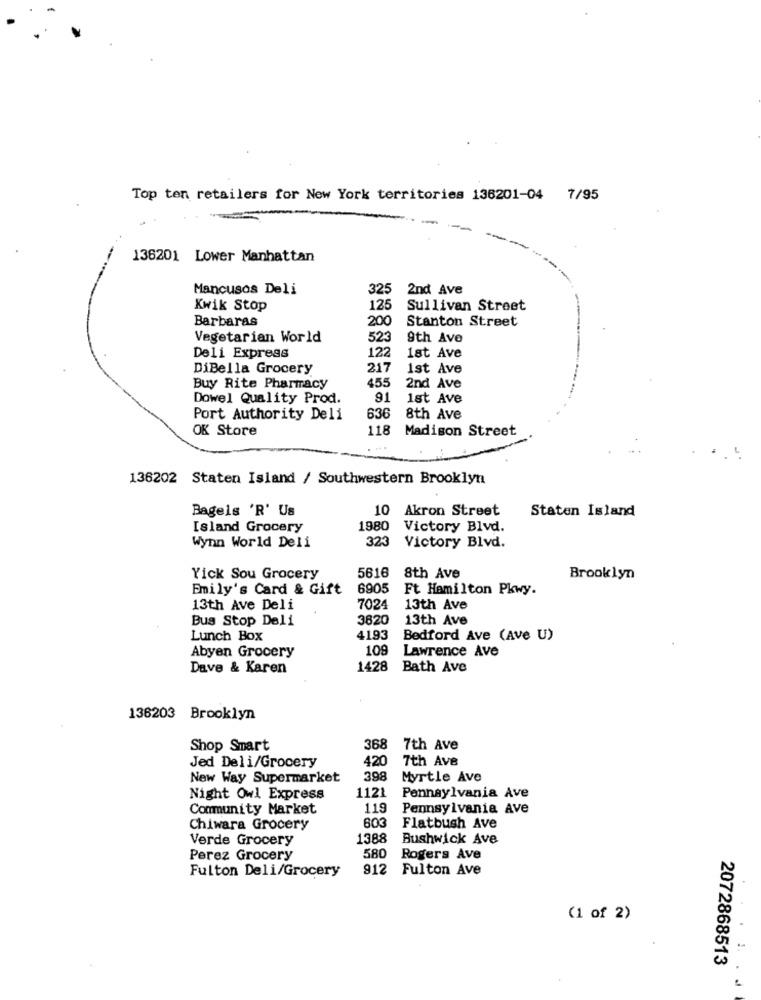
Top ten retailers for New York territories 136201-04 7/95
136201 Lower Manhattan
Mancusos Deli
325 2nd Ave
Kwik Stop
125
Sullivan Street
Barbaras
200
Stanton Street
Vegetarian World
523
9th Ave
Deli Express
122
1st Ave
DiBella Grocery
217
1st Ave
455
Buy Rite Pharmacy
2nd Ave
Dowel Quality Prod.
91
1st Ave
Port Authority Deli
636
8th Ave
OK Store
118
Madison Street
136202 Staten Island / Southwestern Brooklyn
Bagels 'R' Us
10 Akron Street
Staten Island
Island Grocery
1980 Victory Blvd.
Wynn World Deli
323 Victory Blvd.
Yick Sou Grocery
5616
8th Ave
Brooklyn
Emily's Card & Gift
6905
Ft Hamilton Pkwy.
13th Ave Deli
7024
13th Ave
Bus Stop Deli
3820
13th Ave
Lunch Box
4193
Bedford Ave (Ave U)
Abyen Grocery
10
Lawrence Ave
Dave & Karen
1428
Bath Ave
136203 Brooklyn
Shop Smart
368 7th Ave
420 7th Ave
Jed Deli/Grocery
New Way Supermarket
398
Myrtle Ave
Night Owl Express
1121
Pennsylvania Ave
Community Market
119
Pennsylvania Ave
Chiwara Grocery
603
Flatbush Ave
Verde Grocery
1388
Bushwick Ave
Perez Grocery
580
Rogers Ave
912 Fulton Ave
Fulton Deli/Grocery
(1 of 2)
2072868513